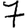
Digit: 7